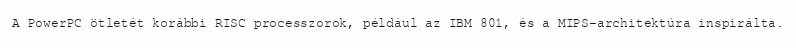
A PowerPC ötletét korábbi RISC processzorok, például az IBM 801, és a MIPS-architektúra inspirálta.